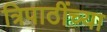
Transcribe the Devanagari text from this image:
त्रिपाठींच्या